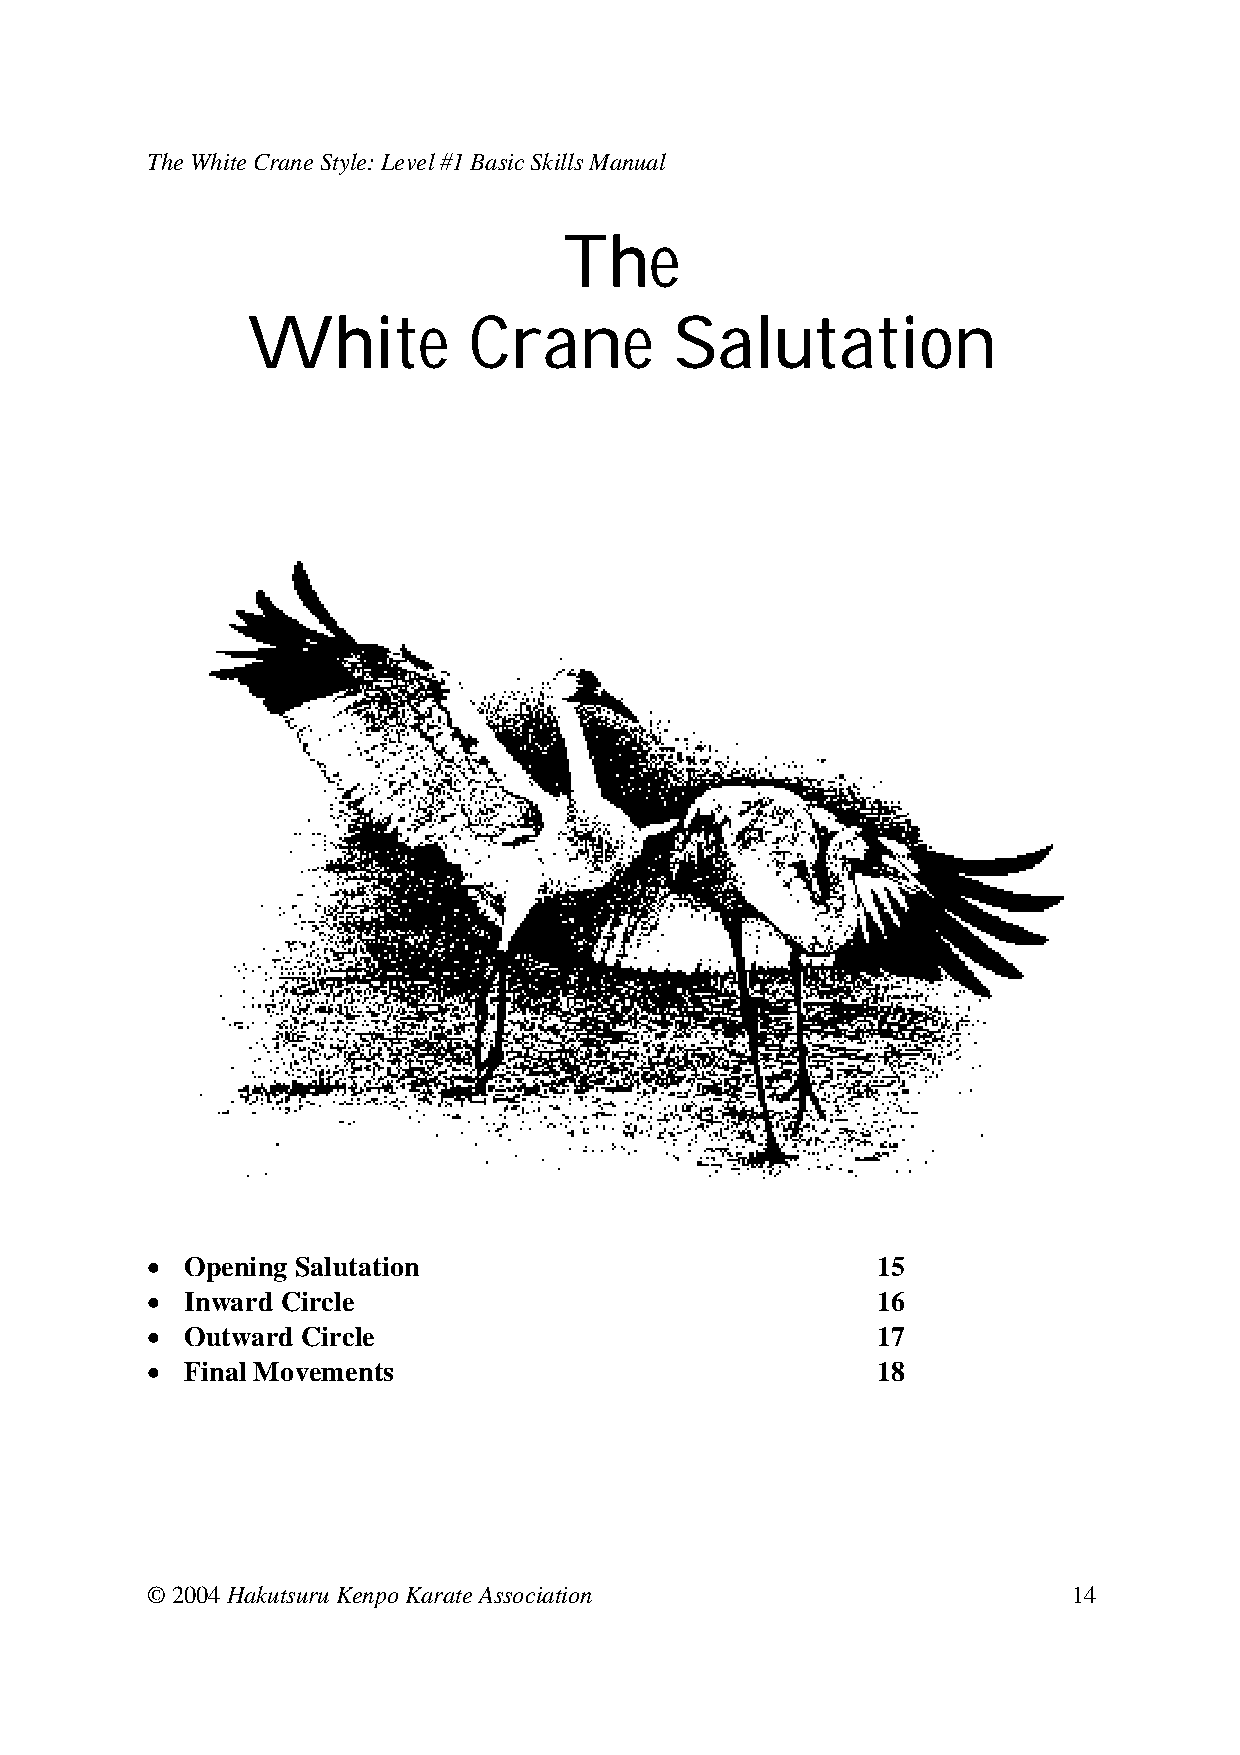
The White Crane Style: Level #1 Basic Skills Manual
 The
 White          Crane         Salutation
 • Opening Salutation                       15
 • Inward Circle                            16
 • Outward Circle                        17
 • Final Movements                        18
 © 2004 Hakutsuru Kenpo Karate Association                    14